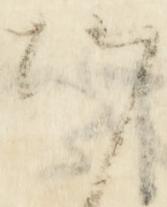
候